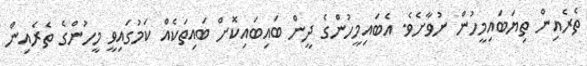
ތެރެއިން ތިޔަބައިމީހުން ނުވާށެވެ. އެބައިމީހުންގެ ދީން ބައިބައިކޮށް ބައިތަކެއް ކަމުގައިވީ މީހުންގެ ތެރެއިން